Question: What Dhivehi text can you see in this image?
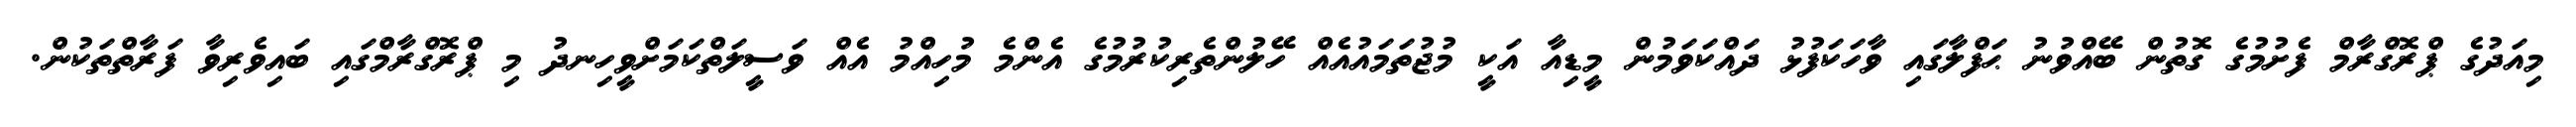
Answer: މިއަދުގެ ޕްރޮގްރާމް ފެށުމުގެ ގޮތުން ބޭއްވުނު ޙަފްލާގައި ވާހަކަފުޅު ދައްކަވަމުން މީޑިއާ އަކީ މުޖުތަމައުއެއް ހޭލުންތެރިކުރުމުގެ އެންމެ މުހިއްމު އެއް ވަސީލަތްކަމަށްވީހިނދު މި ޕްރޮގްރާމްގައި ބައިވެރިވާ ފަރާތްތަކުން.